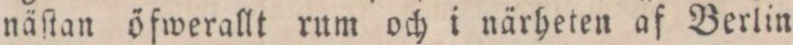
näſtan öfwerallt rum och i närheten af Berlin